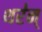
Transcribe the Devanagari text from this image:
थर॑न्